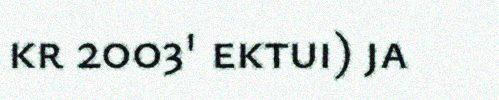
kr 2003' ektui) ja